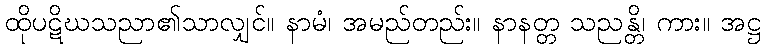
ထိုပဋိဃသညာ၏သာလျှင်။ နာမံ၊ အမည်တည်း။ နာနတ္တ သညန္တိ၊ ကား။ အဋ္ဌ